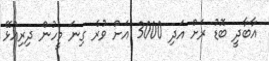
އާބާދީ ބޮޑު ރަށް އަދި 3000 އަށް ވުރެ ގިނަ މީހުން ދިރިއުޅޭ